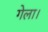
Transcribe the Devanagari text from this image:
गेला।